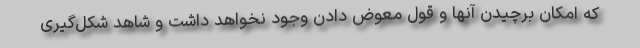
که امکان برچیدن آنها و قول معوض دادن وجود نخواهد داشت و شاهد شکل‌گیری